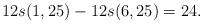
LaTeX: \begin{align*}12s(1,25)-12s(6,25)=24.\end{align*}